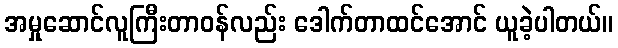
အမှုဆောင်လူကြီးတာဝန်လည်း ဒေါက်တာထင်အောင် ယူခဲ့ပါတယ်။